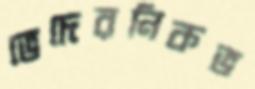
ভেদেরনিকভ